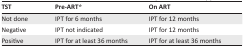
<table><thead><tr><td><b>TST</b></td><td><b>Pre-ART*</b></td><td><b>On ART</b></td></tr></thead><tbody><tr><td>Not done</td><td>IPT for 6 months</td><td>IPT for 12 months</td></tr><tr><td>Negative</td><td>IPT not indicated</td><td>IPT for 12 months</td></tr><tr><td>Positive</td><td>IPT for at least 36 months</td><td>IPT for at least 36 months</td></tr></tbody></table>